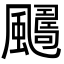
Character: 𩘿